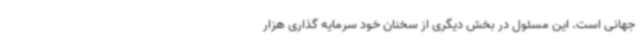
جهانی است. این مسئول در بخش دیگری از سخنان خود سرمایه گذاری هزار